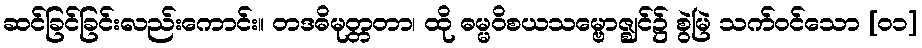
ဆင်ခြင်ခြင်းလည်းကောင်း။ တဒဓိမုတ္တတာ၊ ထို ဓမ္မဝိစယသမ္ဗောဇ္ဈင်၌ စွဲမြဲ သက်ဝင်သော [၀၁]